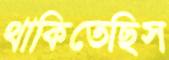
থাকিতেছিস